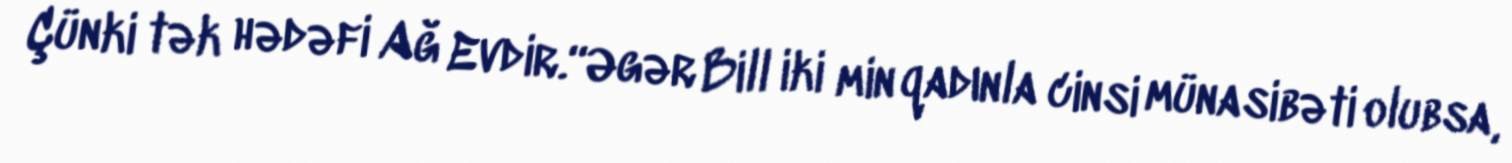
Çünki tək hədəfi Ağ Evdir.“Əgər Bill iki min qadınla cinsi münasibəti olubsa,